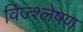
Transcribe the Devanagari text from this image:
विज्श्लेषण